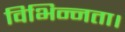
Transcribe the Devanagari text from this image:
विभिन्नता।